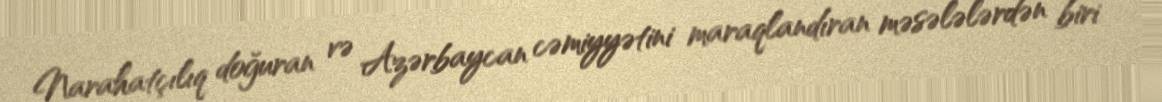
Narahatçılıq doğuran və Azərbaycan cəmiyyətini maraqlandıran məsələlərdən biri